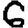
Digit: 6